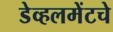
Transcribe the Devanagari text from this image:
डेव्हलमेंटचे